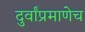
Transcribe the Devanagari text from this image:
दुर्वांप्रमाणेच